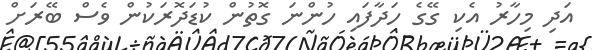
އަދި މިހާރު އެކި ގޭގެ ހަދާފައި ހުންނަ ގޮތުން ކުޑަދޮރަކުން ވެސް ބޭރަށް